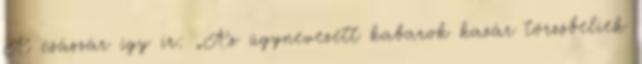
A császár így ír: „Az úgynevezett kabarok kazár törzsbeliek